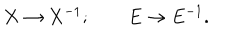
LaTeX: X \rightarrow X ^ { - 1 } ; \qquad E \rightarrow E ^ { - 1 } .